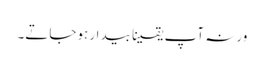
ورنہ آپ یقینا بیدار ہوجاتے۔